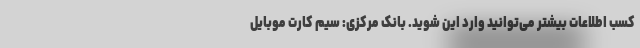
کسب اطلاعات بیشتر می‌توانید وارد این شوید. بانک مرکزی: سیم کارت موبایل